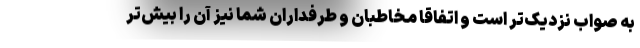
به صواب نزدیک‌تر است و اتفاقاً مخاطبان و طرفداران شما نیز آن را بیش‌تر